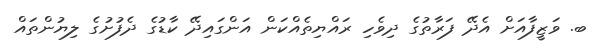
ބ. ވަޒީފާއަށް އެދޭ ފަރާތުގެ ދިވެހި ރައްޔިތެއްކަން އަންގައިދޭ ކާޑުގެ ދެފުށުގެ ލިޔުންތައް